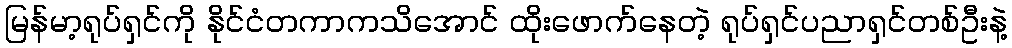
မြန်မာ့ရုပ်ရှင်ကို နိုင်ငံတကာကသိအောင် ထိုးဖောက်နေတဲ့ ရုပ်ရှင်ပညာရှင်တစ်ဦးနဲ့